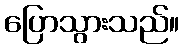
ပြောသွားသည်။